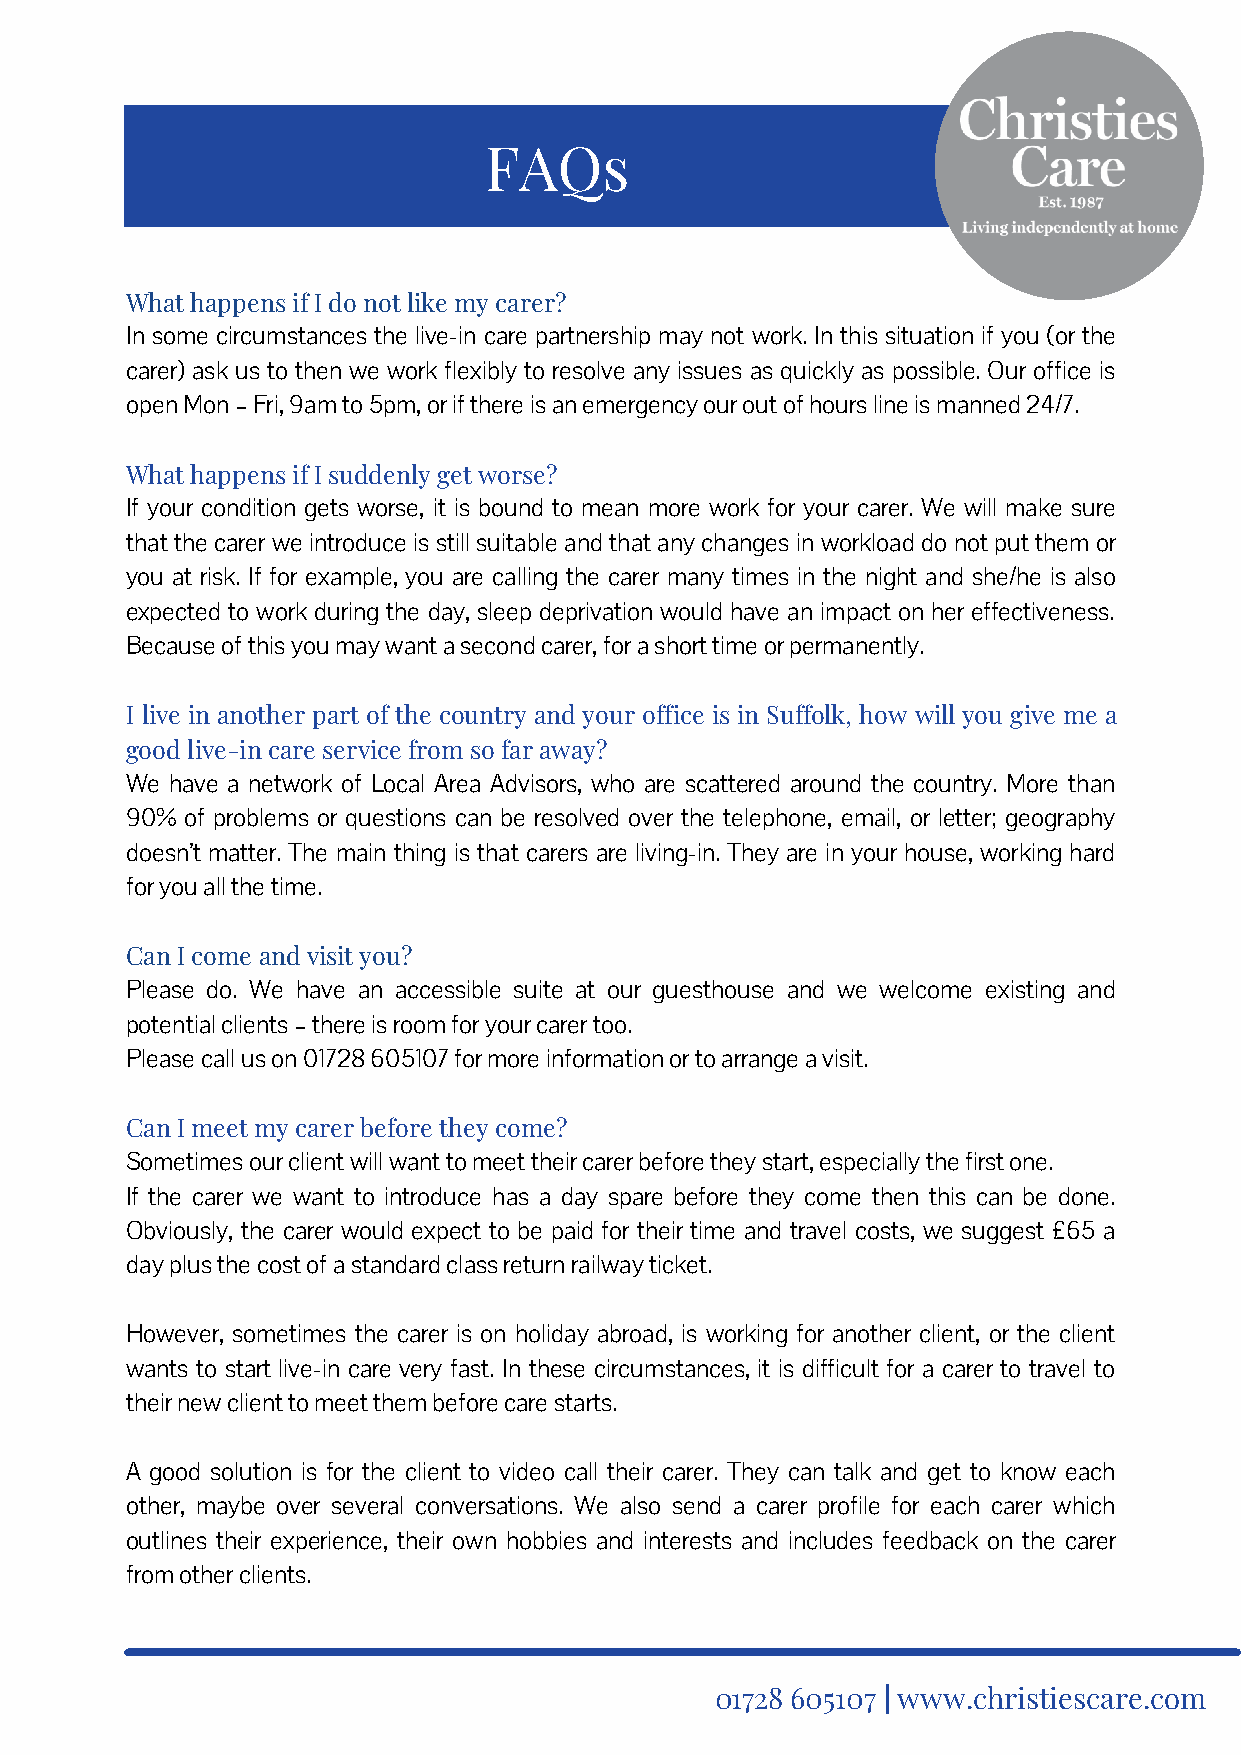
FAQs
 What happens if I do not like my carer?
 In some circumstances the live-in care partnership may not work. In this situation if you (or the
 carer) ask us to then we work flexibly to resolve any issues as quickly as possible. Our office is
 open Mon – Fri, 9am to 5pm, or if there is an emergency our out of hours line is manned 24/7.
 What happens if I suddenly get worse?
 If your condition gets worse, it is bound to mean more work for your carer. We will make sure
 that the carer we introduce is still suitable and that any changes in workload do not put them or
 you at risk. If for example, you are calling the carer many times in the night and she/he is also
 expected to work during the day, sleep deprivation would have an impact on her effectiveness.
 Because of this you may want a second carer, for a short time or permanently.
 I live in another part of the country and your office is in Suffolk, how will you give me a
 good live-in care service from so far away?
 We have a network of Local Area Advisors, who are scattered around the country. More than
 90% of problems or questions can be resolved over the telephone, email, or letter; geography
 doesn’t matter. The main thing is that carers are living-in. They are in your house, working hard
 for you all the time.
 Can I come and visit you?
 Please do. We have an accessible suite at our guesthouse and we welcome existing and
 potential clients – there is room for your carer too.
 Please call us on 01728 605107 for more information or to arrange a visit.
 Can I meet my carer before they come?
 Sometimes our client will want to meet their carer before they start, especially the first one.
 If the carer we want to introduce has a day spare before they come then this can be done.
 Obviously, the carer would expect to be paid for their time and travel costs, we suggest £65 a
 day plus the cost of a standard class return railway ticket.
 However, sometimes the carer is on holiday abroad, is working for another client, or the client
 wants to start live-in care very fast. In these circumstances, it is difficult for a carer to travel to
 their new client to meet them before care starts.
 A good solution is for the client to video call their carer. They can talk and get to know each
 other, maybe over several conversations. We also send a carer profile for each carer which
 outlines their experience, their own hobbies and interests and includes feedback on the carer
 from other clients.
 01728 605107 | www.christiescare.com